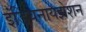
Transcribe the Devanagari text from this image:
इंडियनायझेशन